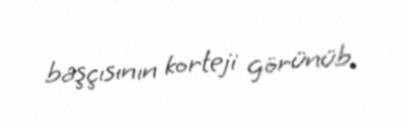
başçısının korteji görünüb.